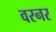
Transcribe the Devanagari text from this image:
वरनर